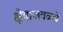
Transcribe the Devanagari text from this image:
क्षेत्राजवळचे